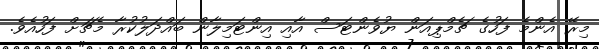
މިރޭ އެންމެ ފަހުގެ ޗެމްޕިއަން ޔުވެންޓަސް އާއި އިންޓަމިލާން ބައްދަލުކުރާ މެޗަށް ފަހުއެވެ.